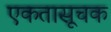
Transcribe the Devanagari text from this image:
एकतासूचक